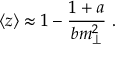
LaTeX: \langle z \rangle \approx 1 - \frac { 1 + a } { b m _ { \perp } ^ { 2 } } ~ .